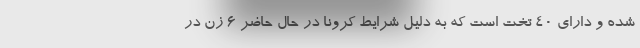
شده و دارای ۴۰ تخت است که به دلیل شرایط کرونا در حال حاضر ۶ زن در